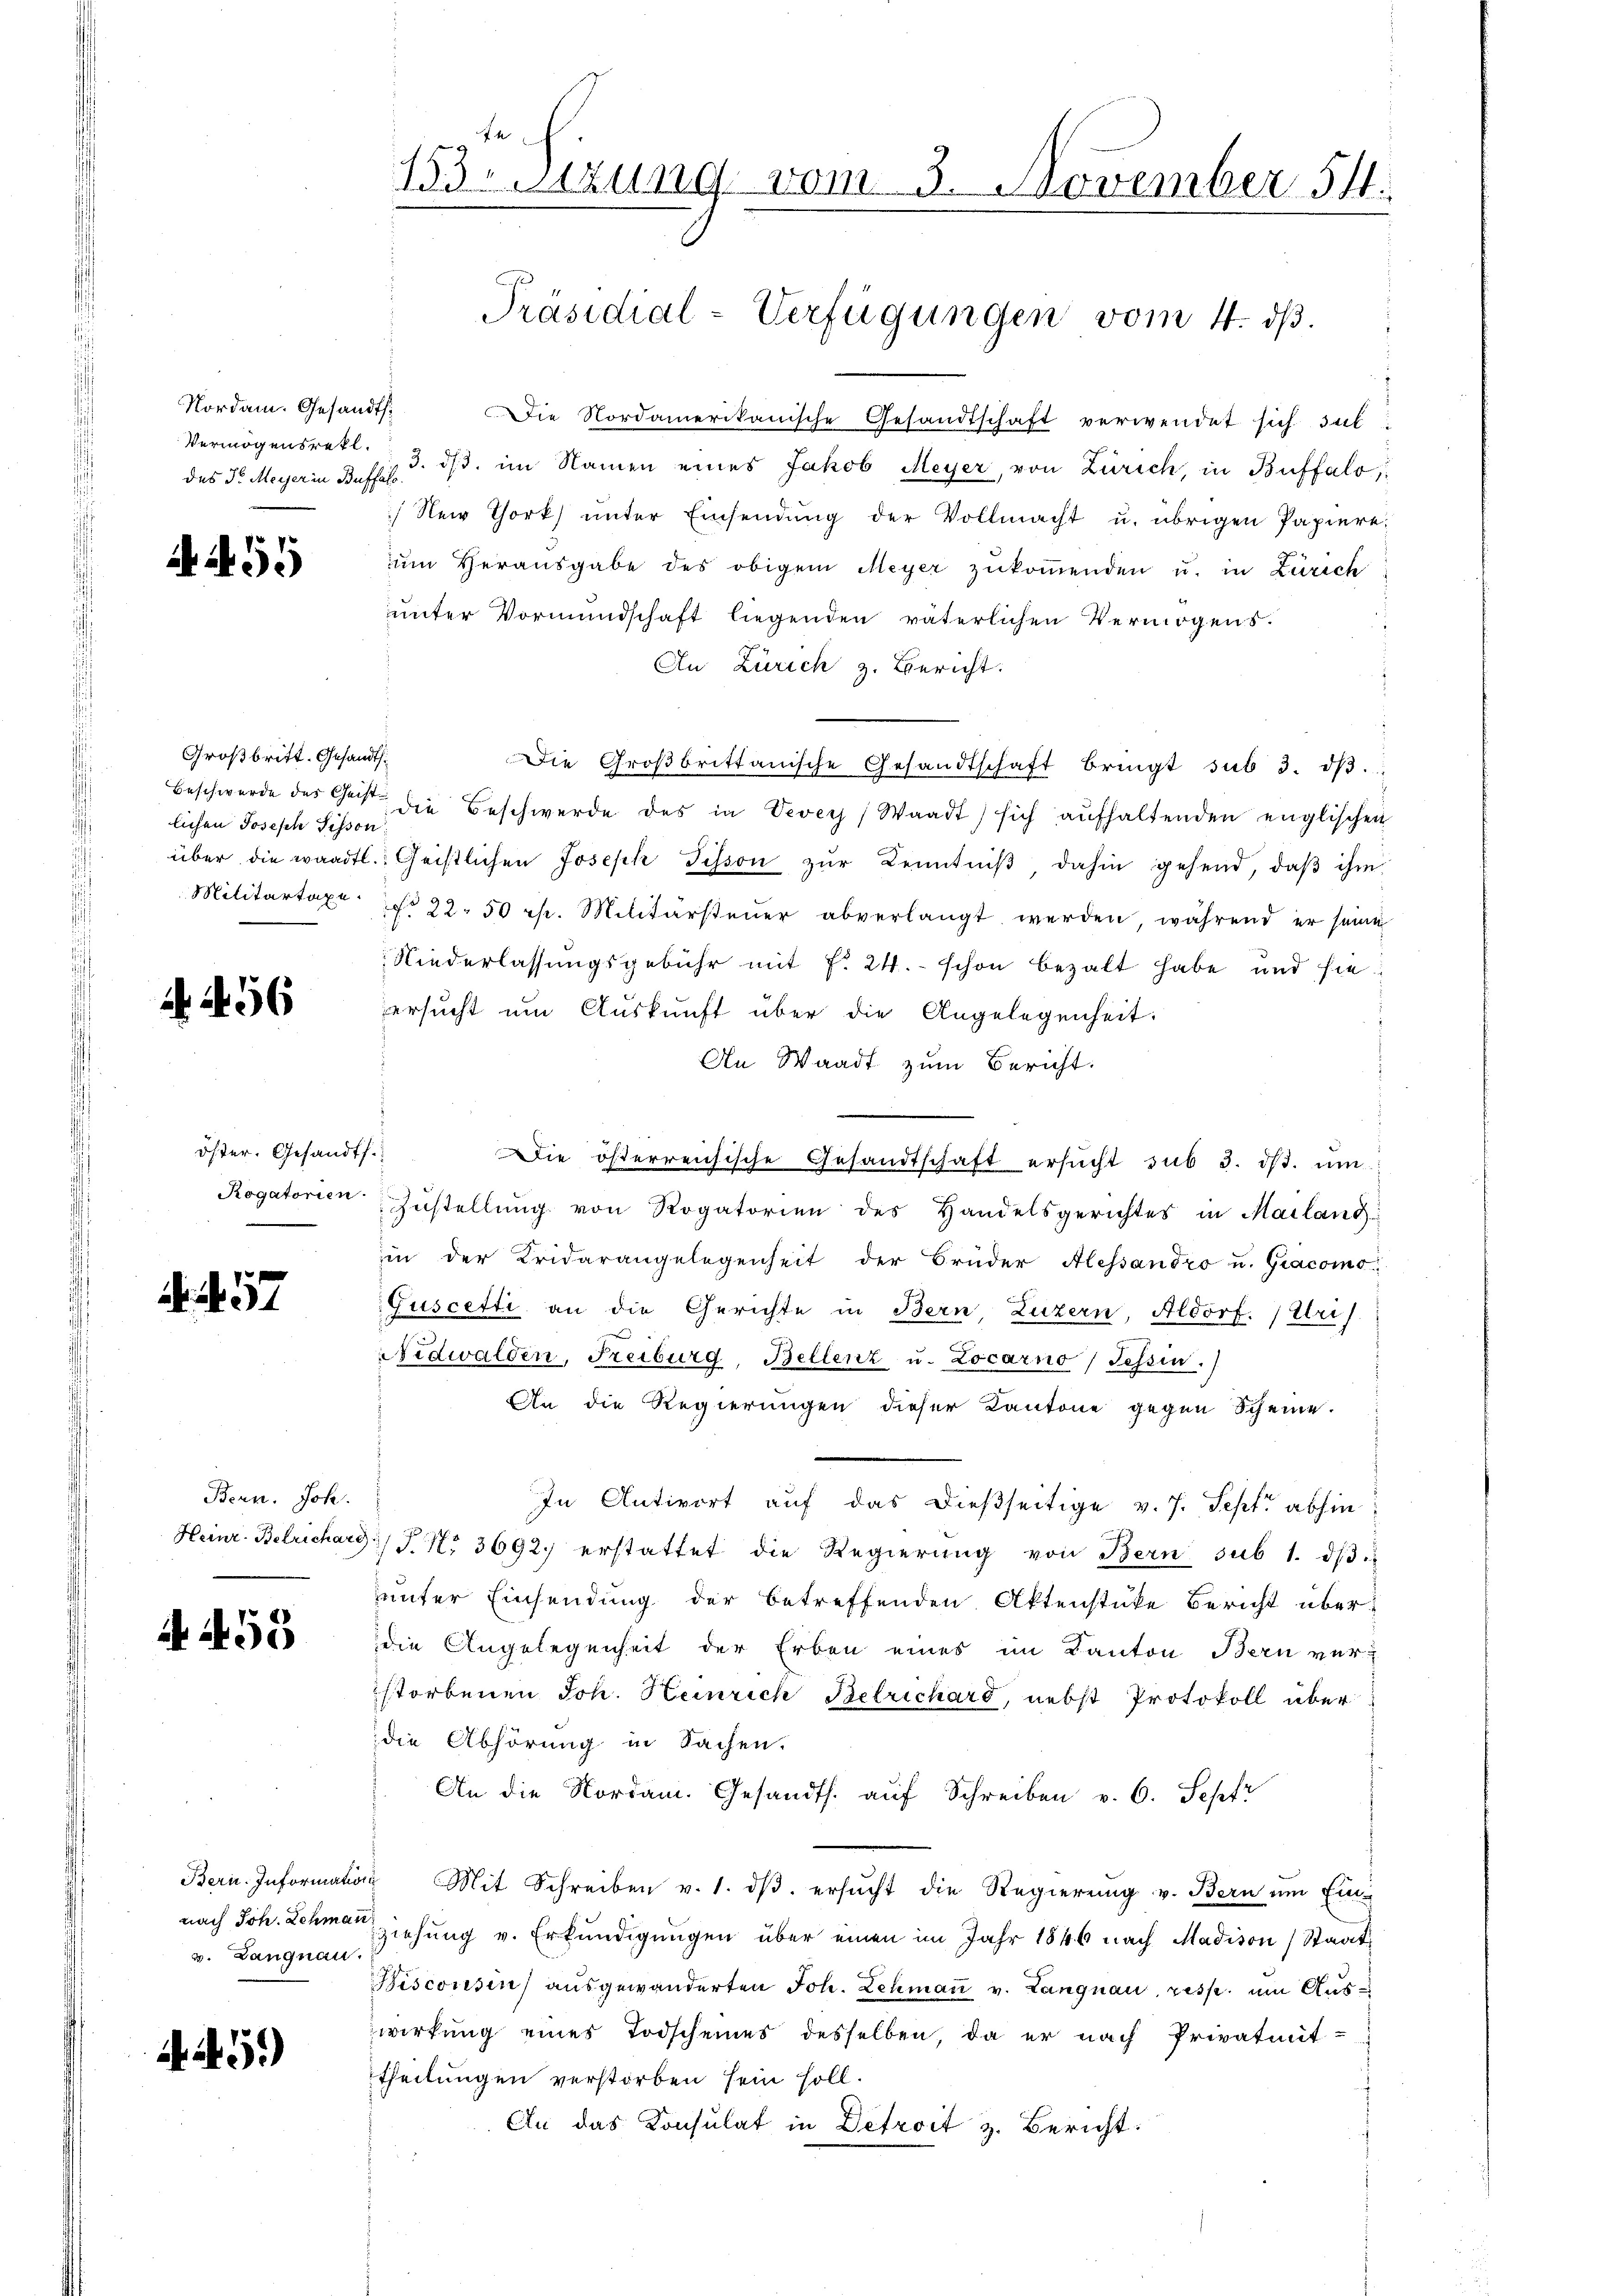
Nordam. Gesandts
des Sr. Meyer in Buffas

A 459

Großbritt. Gesandts¬
Beschwerde des Geist
lichen Joseph Tisson

A. 456

öster. Gesandts.

. 457.

Bern. Joh.

A 455

v. Langnau.

4.4.5.)

153. Sitzung vom 3. November 54.

Die Nordamerikanische Gesandtschaft verwendet sich int
Vermögensretl. 3. ds. im Namen eines Jakob Meyer, von Zürich, in Buffalo,
/ Neir Thork unter Einsendung der Vollmacht u. übrigen Papiere
m Herausgabe des obigem Meyer zukommenden u. in Zürich
unter Vormundschaft liegenden väterlichen Vermögens¬
An Zürich z. Bericht.
Die Großbrittanische Gesandtschaft bringt sub 3. dβ.
die Beschwerde des in Vevey Waadt) sich aŭfhaltenden englischen
über die waadtl.: Geistlichen Joseph Tisson zŭr Kenntniβ dahin gehend, daβ ihm
Militartaxe u. 22.50 rp. Militärsteŭer abverlangt werden, während er seine
Niederlassungsgebühr mit f. 24. schon bezalt habe und hieersucht um Auskunft über die Angelegenheit.
An Waadt zum Bericht.
Die österreichische Gesandtschaft ersŭcht sub 3. dβ. ŭm
Rogatorien Zustellŭng von Rogatorien des Handelsgerichtes in Mailand
in der Kridarangelegenheit der Brüder Alessandro u. Gracomo
Guscetti an die Gerichte in Bern Luzern, Aldorf. (Uri)
Nidwalden, Freiburg, Bellenz u. Locarno Tessin.)
An die Regierungen dieser Kantone gegen Scheine.
In Antwort auf das dießseitige v. J. Sept. abhin
Heinr. Betrichards J. N. 3692. erstattet die Regierŭng von Bern sub 1. dβ
unter Einsendung der betreffenden Aktenstüke Bericht überdie Angelegenheit der Erben eines im Kanton Bern verstorbenen Joh. Heinrich Belrichard, nebst Protokoll über
die Abhörung in Sachen.
An die Nordam. Gesandts. aŭf Schreiben v. 6. Sepfr
Bern. Information Mit Schreiben v. 1. dβ. ersŭcht die Regierŭng v. Bern um Ein-
nach Joh. Schmerziehung v. Erkundigungen über einen im Jahr 1846 nach Madison, Staat
Bisconsin) ausgewanderten Joh. Lehmaṅ v. Langnau, resp. um Auswirkung eines Todscheines desselben, da er nach Privatmit-
theilungen verstorben sein soll.
An das Consulat in Detroit z. Bericht:

Präsidial-Verfügungen vom 4. dβ.